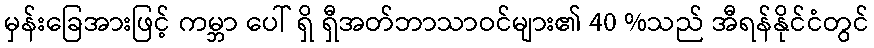
မှန်းခြေအားဖြင့် ကမ္ဘာ ပေါ် ရှိ ရှီအတ်ဘာသာဝင်များ၏ 40 %သည် အီရန်နိုင်ငံတွင်